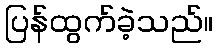
ပြန်ထွက်ခဲ့သည်။